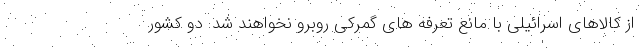
از کالاهای اسرائیلی با مانع تعرفه های گمرکی روبرو نخواهند شد. دو کشور